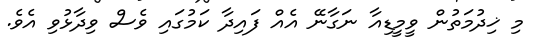
މި ޚިދުމަތުން ވީމީޑިއާ ނަގާނޭ އެއް ފައިދާ ކަމުގައި ވެސް ވިދާޅުވި އެވެ.